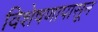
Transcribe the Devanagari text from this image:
विशेषणापासून